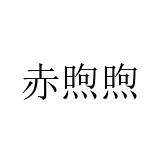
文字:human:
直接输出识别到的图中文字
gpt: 赤煦煦